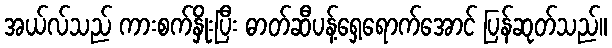
အယ်လ်သည် ကားစက်နှိုးပြီး ဓာတ်ဆီပန့်ရှေ့ရောက်အောင် ပြန်ဆုတ်သည်။